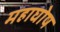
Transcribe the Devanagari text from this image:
महाघोष